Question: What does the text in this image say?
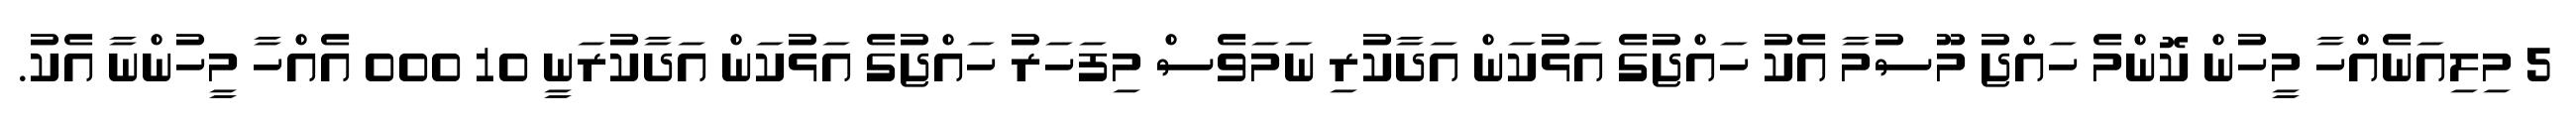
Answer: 5 މިލިއަނެއްހާ މީހުން ކޮންމެ ހައްޖު މޫސުމާ އެކު ހައްޖުގެ އަޅުކަން އަދާކުރި ނަމަވެސް މިފަހަރު ހައްޖުގެ އަޅުކަން އަދާކުރަނީ 10 000 އެއްހާ މީހުންނާ އެކު.